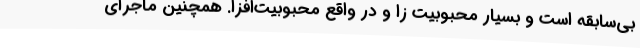
بی‌سابقه است و بسیار محبوبیت زا و در واقع محبوبیت‌افزا. همچنین ماجرای